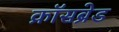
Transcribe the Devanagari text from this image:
क्रॉसब्रेड